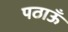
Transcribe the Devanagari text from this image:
पठाऊँ